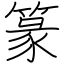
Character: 篆